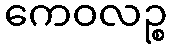
ကေဝလဉ္စ